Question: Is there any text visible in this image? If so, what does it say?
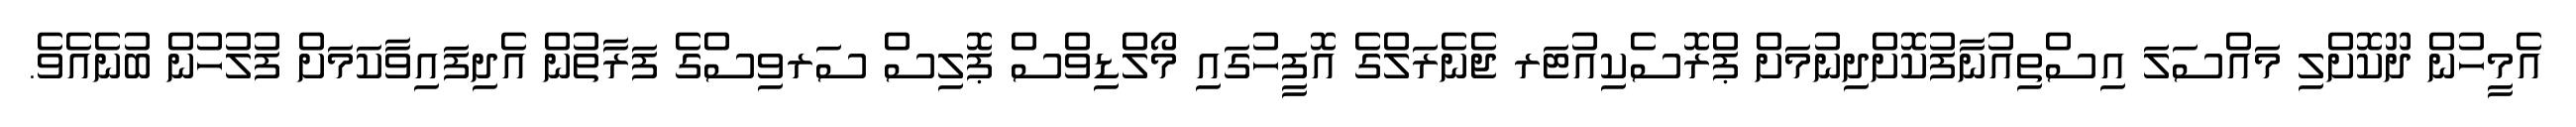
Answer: އެމީހުން ދޫކޮށްލި މައްސަލަ އިސްތިއުނާފުކޮށްދިނުމަށް ޕްރޮސެކިއުޓަރ ޖެނެރަލްގެ އޮފީހުގައި މޯލްޑިވްސް ޕޮލިސް ސަރވިސްގެ ފަރާތުން އެދިފައިވާކަމަށް ފުލުހުން ބުނެއެވެ.